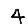
Digit: 4